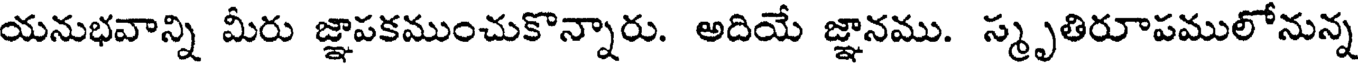
యనుభవాన్ని మీరు జ్ఞాపకముంచుకొన్నారు. అదియే జ్ఞానము. స్మృతిరూపములోనున్న